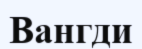
Вангди